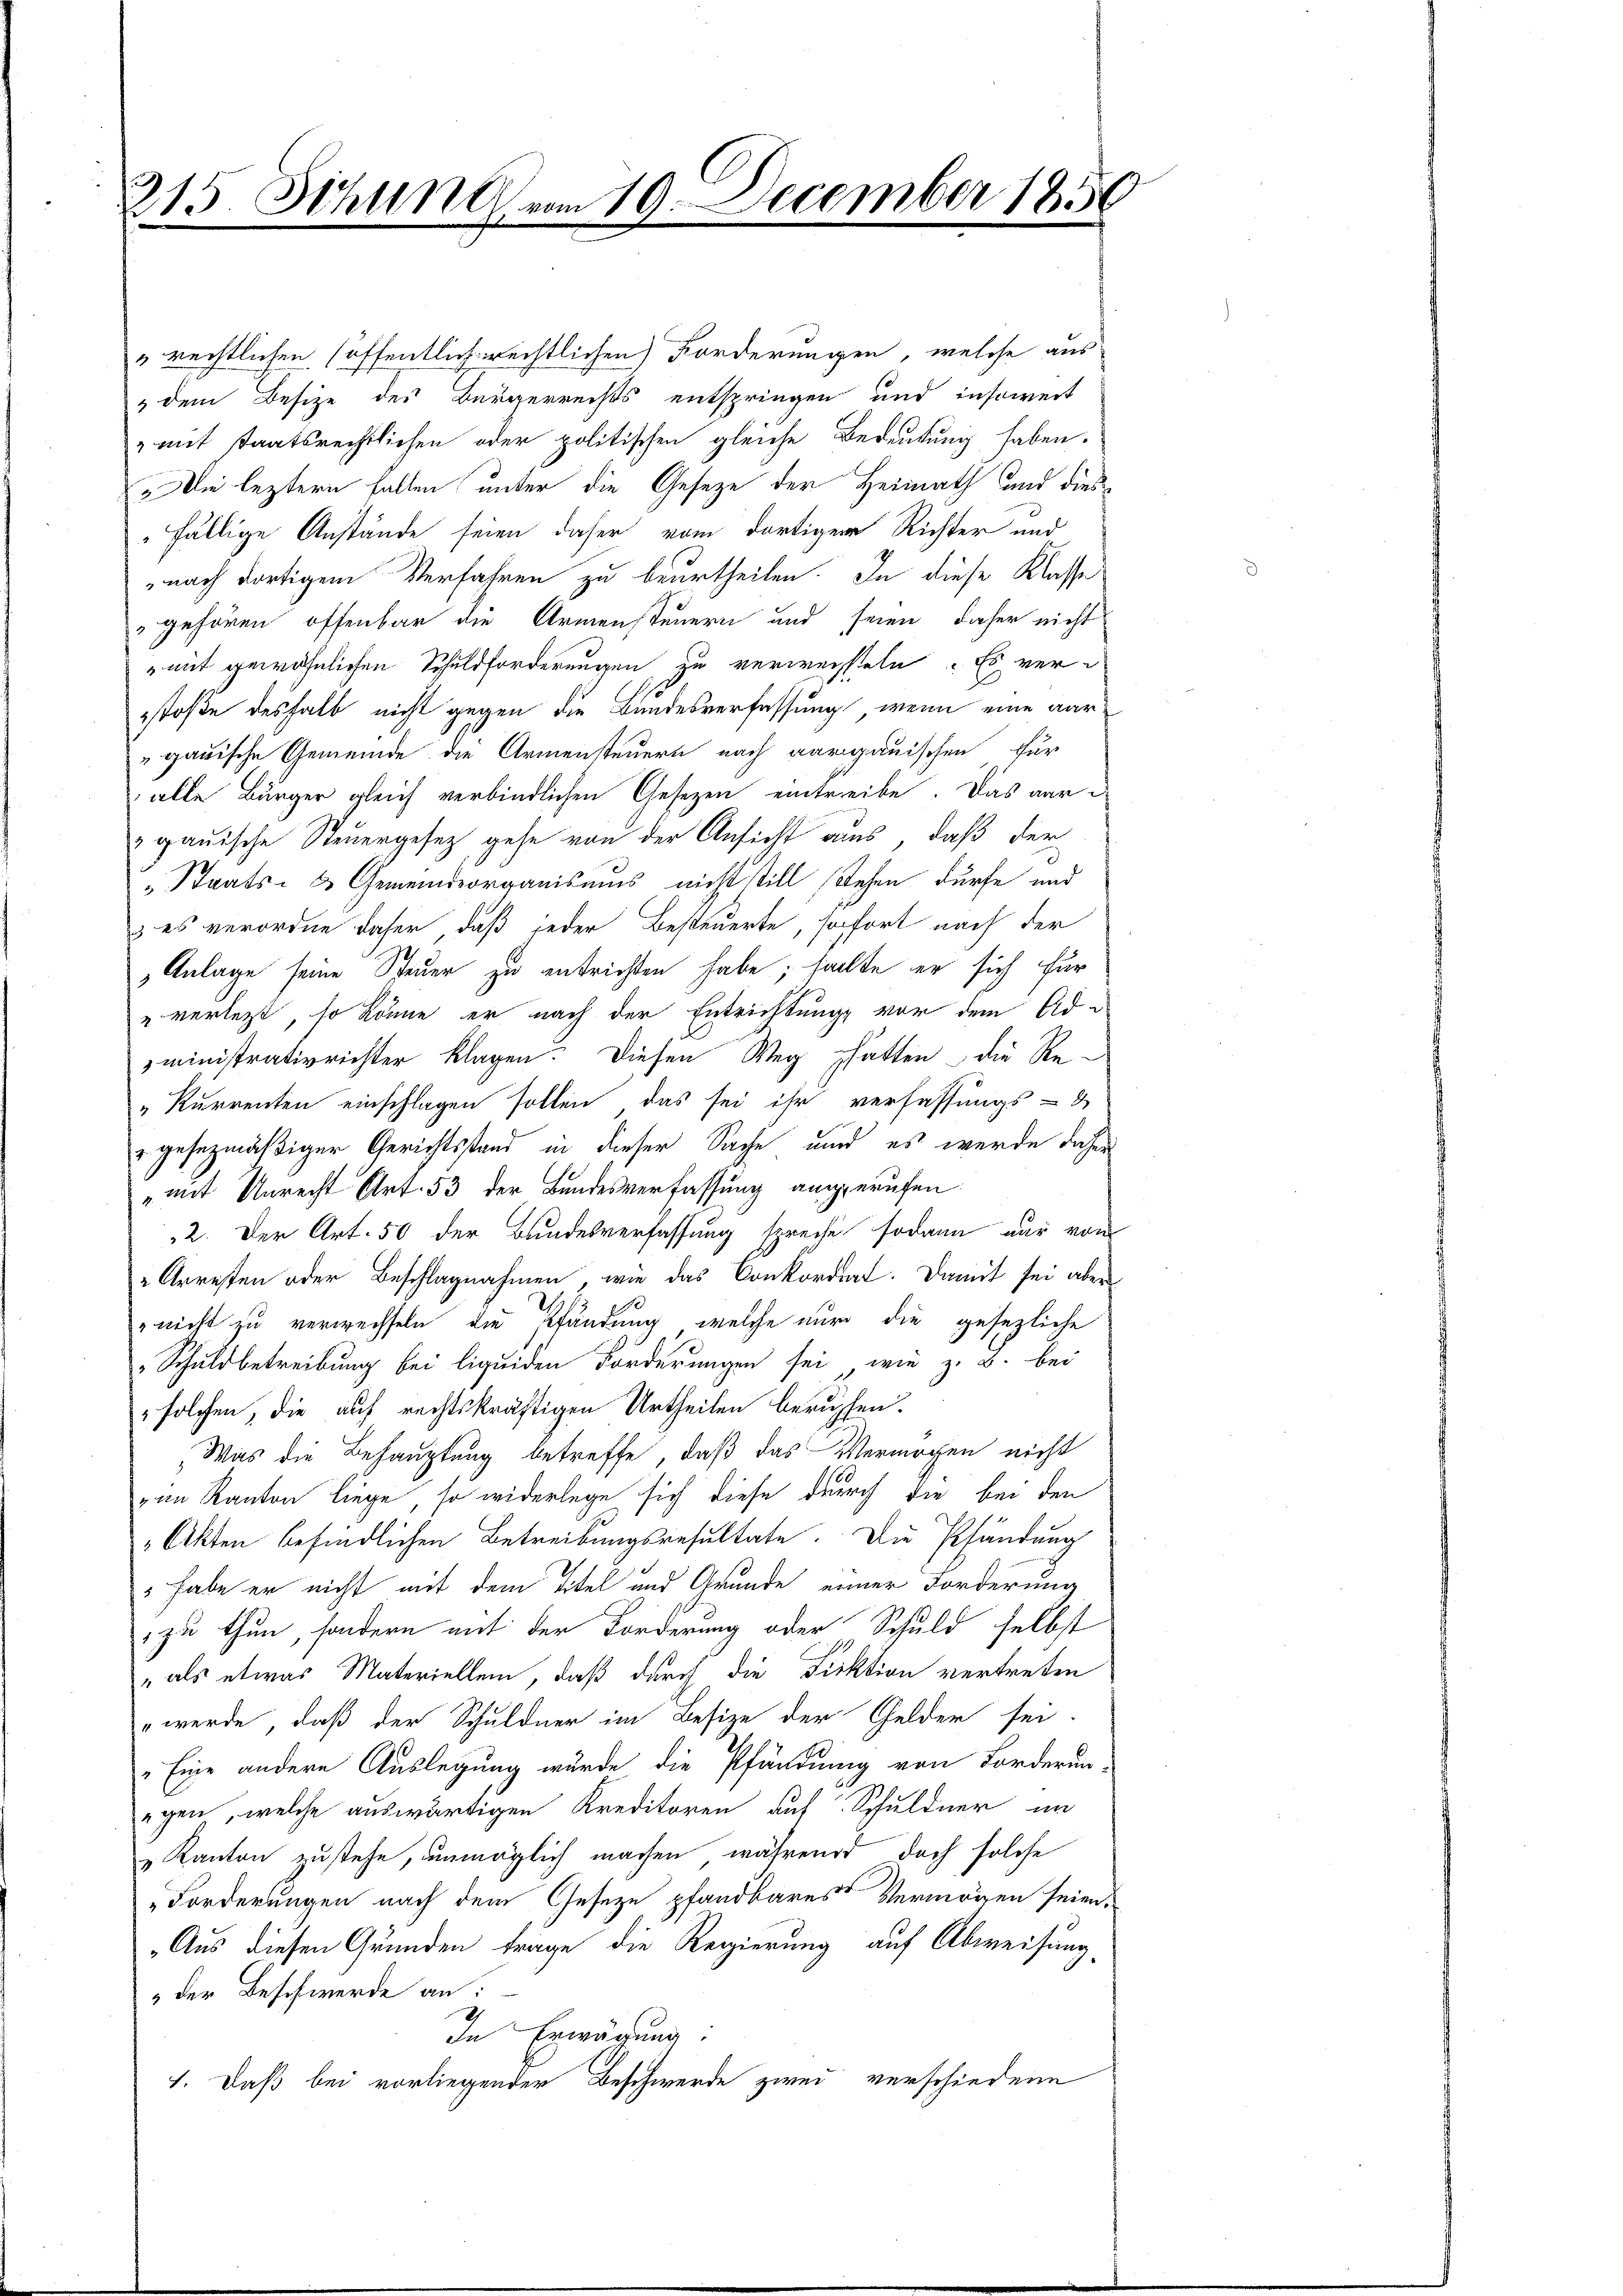
215 Schlin vom 10. December 1850
e

" rechtlichen (öffentlich rechtlichen Forderungen, welche aus
" dem Besize des Bürgerrechts entspringen und insoweit
z mit staatsrechtlichen oder politischen gleiche Bedeutung haben.
„Die leztern Fallen unter die Gesetze der Heimath und diesfällige Anstände seien daher vom dortiger Richter und
nach dortigem Verfahren zu beurtheilen. In diese Klasse
gehören, offenbar die Armensteuern und seien daher nicht
mit gewöhnlichen Schuldforderungen zu verwechsteln. Es verstoße deshalb nicht gegen die Bundesverfassung, wenn eine aar¬
" gauische Gemeinde die Armensteuern nach Aargauischen für
alle Bürger gleich verbindlichen Gesetzen eintreibe. Das aur
gauische Steuergesez gehe von der Ansicht aus, daß der
Staats- & Gemeindeorganismus nicht still stehen dürfe und
& es verordne daher, daß jeder Besteuerte, sofort nach der
Anlage seine Steuer zu entrichten habe; halte er sich für
& verletzt, so könne er nach der Entrichtung vor dem Administrativrichter klagen. Diesen Weg hatten die Re-
„Kurrenten einschlagen sollen, das sei ihr verfassungs-
gesezmäßiger Gerichtsstand in dieser Sache und es werde daher
„mit Unrecht Art. 53 der Bundesverfassung angerufen.
2. Der Art. 50 der Bundesverfassung spreche sodann nur von
Arresten oder Beschlagnahmen, wie das Conkordiat. Damit sei aber
nicht zu verwechseln die Pfändung, welche nur die gesezliche
Schuldbetreibung bei liquiden Forderungen sei, wie z. B. bei
" solchen, die auf rechtskräftigen Urtheilen beruhen.
Was die Behauptung betreffe, daß das Vermögen nicht
im Kanton Liege, so widerlege sich diese durch die bei den
Akten befindlichen Betreibungsresultate. Die Pfändung
 habe er nicht mit dem Titel und Grunde einer Forderung
zu thun, sondern mit der Forderung oder Schuld selbst
„als etwas Materiellem, daß durch die Fiktion vertreten
„werde, daß der Schuldner im Besize der Gelder sei.
Eine andere Auslegung würde die Pfändung von Forderun-
egen, welche auswärtigen Kreditoren auf Schuldner an
Kanton zustehe, unmöglich machen, während doch solche
Forderungen nach dem Geseze pfandbares Vermögen seien.
„Aus diesen Gründen trage die Regierung auf Abweisung
" der Beschwerde an:
In Erwägung:
1. Daß bei vorliegender Beschwerde zwei verschiedene